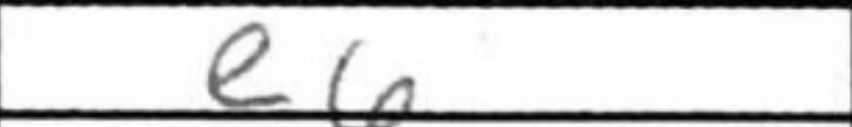
Transcription: e6